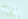
بزوجة